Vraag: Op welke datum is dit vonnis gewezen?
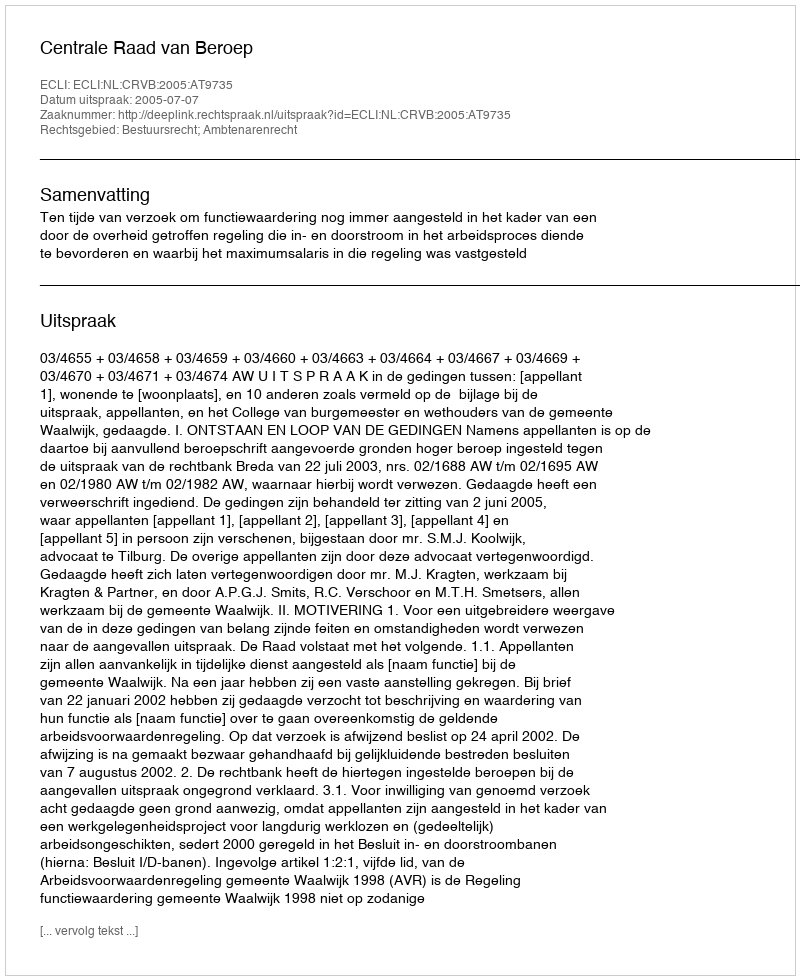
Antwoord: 2005-07-07